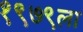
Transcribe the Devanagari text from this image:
१९७९ला